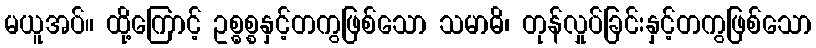
မယူအပ်။ ထို့ကြောင့် ဥစ္ဓစ္စနှင့်တကွဖြစ်သော သမာဓိ၊ တုန်လှုပ်ခြင်းနှင့်တကွဖြစ်သော